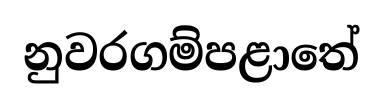
නුවරගම්පළාතේ